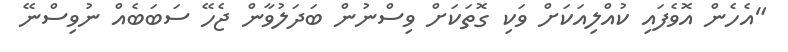
"އެހެން އޮވެފައި ކުއްލިއަކަށް ވަކި ގޮތަކަށް ވިސްނުން ބަދަލުވާން ޖެހޭ ސަބަބެއް ނުވިސްނޭ